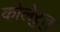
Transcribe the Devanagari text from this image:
कोलेऱुत्तु